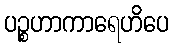
ပဉ္စဟာကာရေဟိပေ